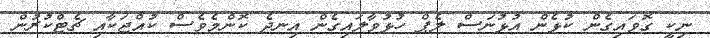
ނިކީ ގޮވައިގެން ކުޅެން އުޅުނަސް ލެޕް ހުޅުވާލައިގެން އިނދެ ކޮންމެވެސް ކުއްޖަކާއި ޗެޓްކުރުން